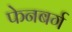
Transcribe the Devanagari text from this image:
फेनबर्ग